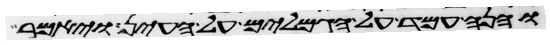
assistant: והנה עמד על הגמלים על העין ויאמר